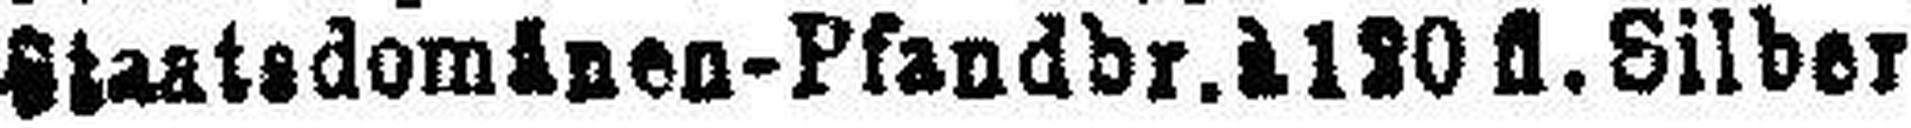
Staatsdomänen-Pfandbr. à 120 fl. Silber